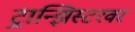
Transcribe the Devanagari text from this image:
ट्रान्झिस्टरवर